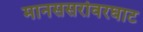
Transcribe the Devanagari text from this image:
मानससरोवरघाट